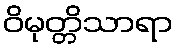
ဝိမုတ္တိသာရာ